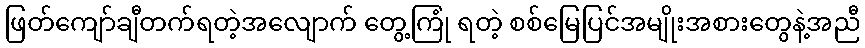
ဖြတ်ကျော်ချီတက်ရတဲ့အလျောက် တွေ့ကြုံ ရတဲ့ စစ်မြေပြင်အမျိုးအစားတွေနဲ့အညီ